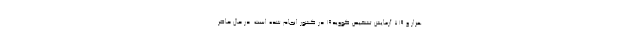
هزار و ۷۱۹ آزمایش تشخیص کووید۱۹ در کشور انجام شده است. در حال حاضر